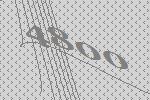
4800